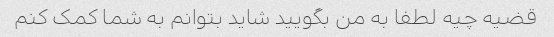
قضیه چیه لطفا به من بگویید شاید بتوانم به شما کمک کنم